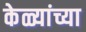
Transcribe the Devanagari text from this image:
केळ्यांच्या